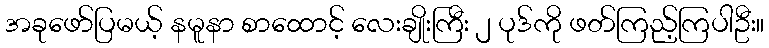
အခုဖော်ပြမယ့် နမူနာ စာထောင့် လေးချိုးကြီး ၂ ပုဒ်ကို ဖတ်ကြည့်ကြပါဦး။